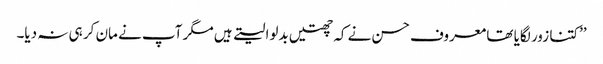
’’کتنا زور لگایا تھا معروف حسن نے کہ چھتیں بدلوا لیتے ہیں مگر آپ نے مان کر ہی نہ دیا۔